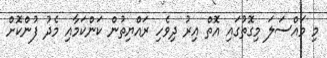
މި މައްސަލަ މިގޮތުގައި އޮތް އިރު ދިވެހި ރައްޔިތުން ކަންކަމާއި މެދު ފުންކޮށް